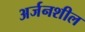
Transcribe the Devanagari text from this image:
अर्जनशील